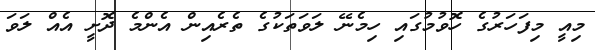
މިއީ މިފަހަރުގެ ހޮވުމުގައި ހިމެނޭ ލަވަތަކުގެ ތެރެއިން އެންމެ ދޮށީ އެއް ލަވަ